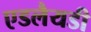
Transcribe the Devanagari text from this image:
एडलैयडी